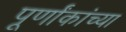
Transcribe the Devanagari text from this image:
पूर्णांकांच्या